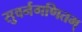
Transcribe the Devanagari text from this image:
सुवर्नगणितम्